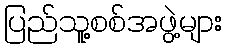
ပြည်သူ့စစ်အဖွဲ့များ